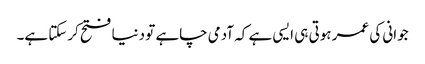
جوانی کی عمر ہوتی ہی ایسی ہے کہ آدمی چاہے تو دنیا فتح کرسکتا ہے۔